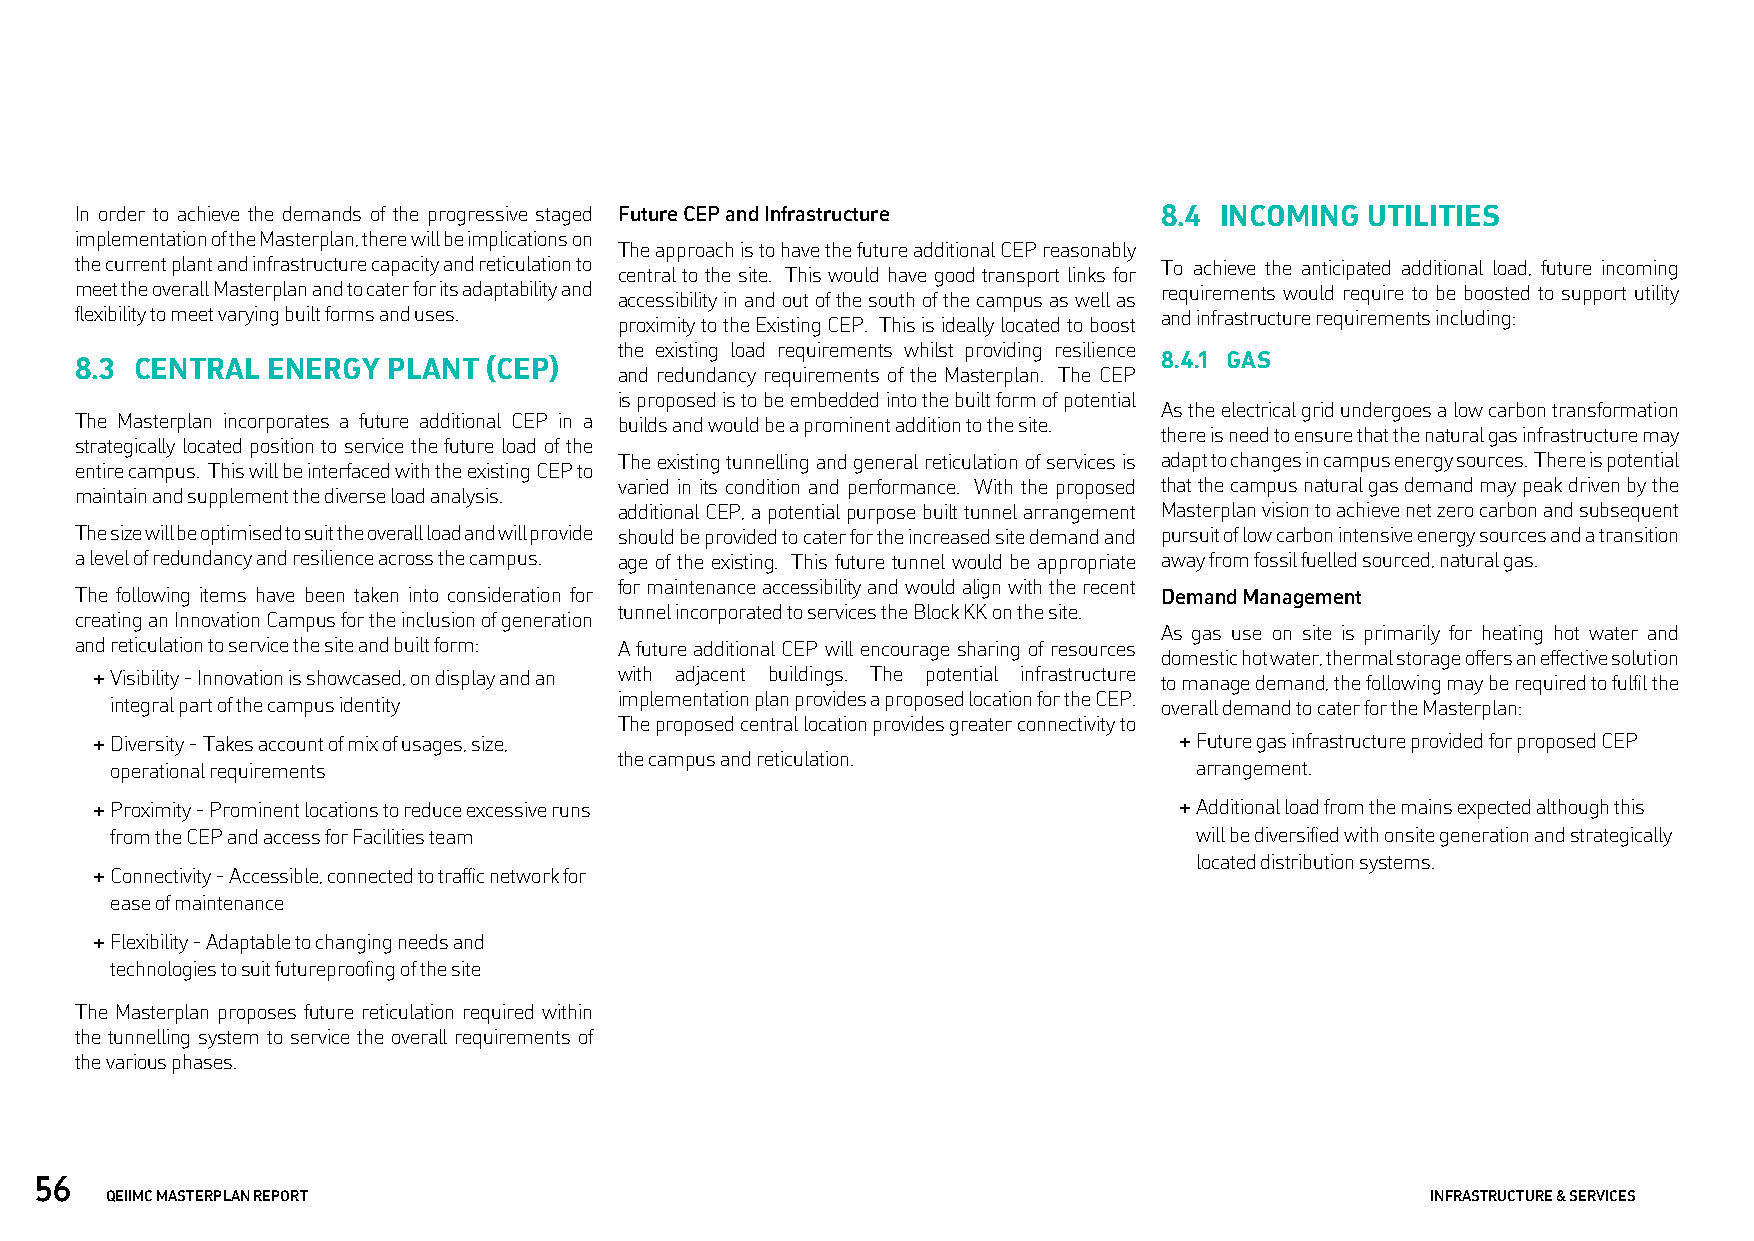
In order to achieve the demands of the progressive staged Future CEP and Infrastructure 8.4 INCOMING UTILITIES
 implementation of the Masterplan, there will be implications on
 The approach is to have the future additional CEP reasonably
 the current plant and infrastructure capacity and reticulation to       To achieve the anticipated additional load, future incoming
 central to the site. This would have good transport links for
 meet the overall Masterplan and to cater for its adaptability and       requirements would require to be boosted to support utility
 accessibility in and out of the south of the campus as well as
 flexibility to meet varying built forms and uses.                       and infrastructure requirements including:
 proximity to the Existing CEP. This is ideally located to boost
 the existing load requirements whilst providing resilience
 8.4.1 GAS
 8.3 CENTRAL  ENERGY  PLANT (CEP)
 and redundancy requirements of the Masterplan. The CEP
 is proposed is to be embedded into the built form of potential
 As the electrical grid undergoes a low carbon transformation
 The Masterplan incorporates a future additional CEP in a builds and would be a prominent addition to the site.
 there is need to ensure that the natural gas infrastructure may
 strategically located position to service the future load of the
 The existing tunnelling and general reticulation of services is adapt to changes in campus energy sources. There is potential
 entire campus. This will be interfaced with the existing CEP to
 varied in its condition and performance. With the proposed that the campus natural gas demand may peak driven by the
 maintain and supplement the diverse load analysis.
 additional CEP, a potential purpose built tunnel arrangement Masterplan vision to achieve net zero carbon and subsequent
 The size will be optimised to suit the overall load and will provide should be provided to cater for the increased site demand and pursuit of low carbon intensive energy sources and a transition
 a level of redundancy and resilience across the campus. age of the existing. This future tunnel would be appropriate away from fossil fuelled sourced, natural gas.
 for maintenance accessibility and would align with the recent
 The following items have been taken into consideration for              Demand Management
 tunnel incorporated to services the Block KK on the site.
 creating an Innovation Campus for the inclusion of generation
 As gas use on site is primarily for heating hot water and
 and reticulation to service the site and built form: A future additional CEP will encourage sharing of resources
 domestic hot water, thermal storage offers an effective solution
 + Visibility - Innovation is showcased, on display and an with adjacent buildings. The potential infrastructure to manage demand, the following may be required to fulfil the
 integral part of the campus identity implementation plan provides a proposed location for the CEP. overall demand to cater for the Masterplan:
 The proposed central location provides greater connectivity to
 + Diversity - Takes account of mix of usages, size,                     + Future gas infrastructure provided for proposed CEP
 the campus and reticulation.
 operational requirements                                                arrangement.
 + Proximity - Prominent locations to reduce excessive runs              + Additional load from the mains expected although this
 from the CEP and access for Facilities team                             will be diversified with onsite generation and strategically
 located distribution systems.
 + Connectivity - Accessible, connected to traffic network for
 ease of maintenance
 + Flexibility - Adaptable to changing needs and
 technologies to suit futureproofing of the site
 The Masterplan proposes future reticulation required within
 the tunnelling system to service the overall requirements of
 the various phases.
 56
 QEIIMC MASTERPLAN REPORT                                                                INFRASTRUCTURE & SERVICES